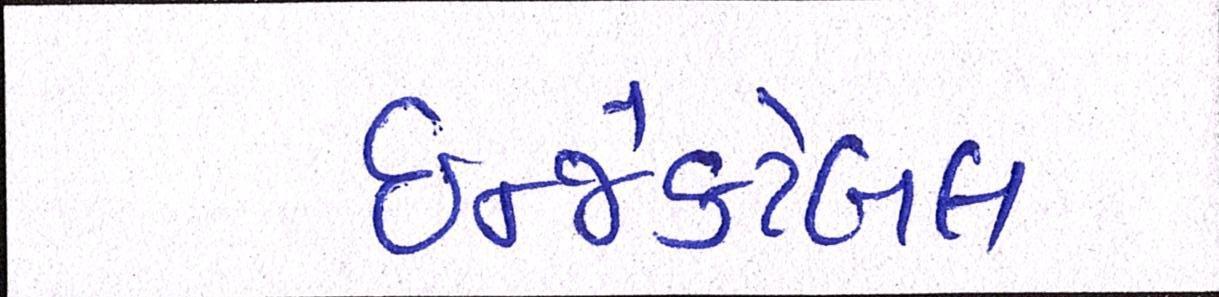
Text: ઇન્જેક્ટેબલ